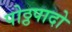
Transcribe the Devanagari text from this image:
पोठ्ठपादो